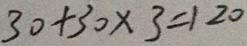
3 0 + 3 0 \times 3 = 1 2 0